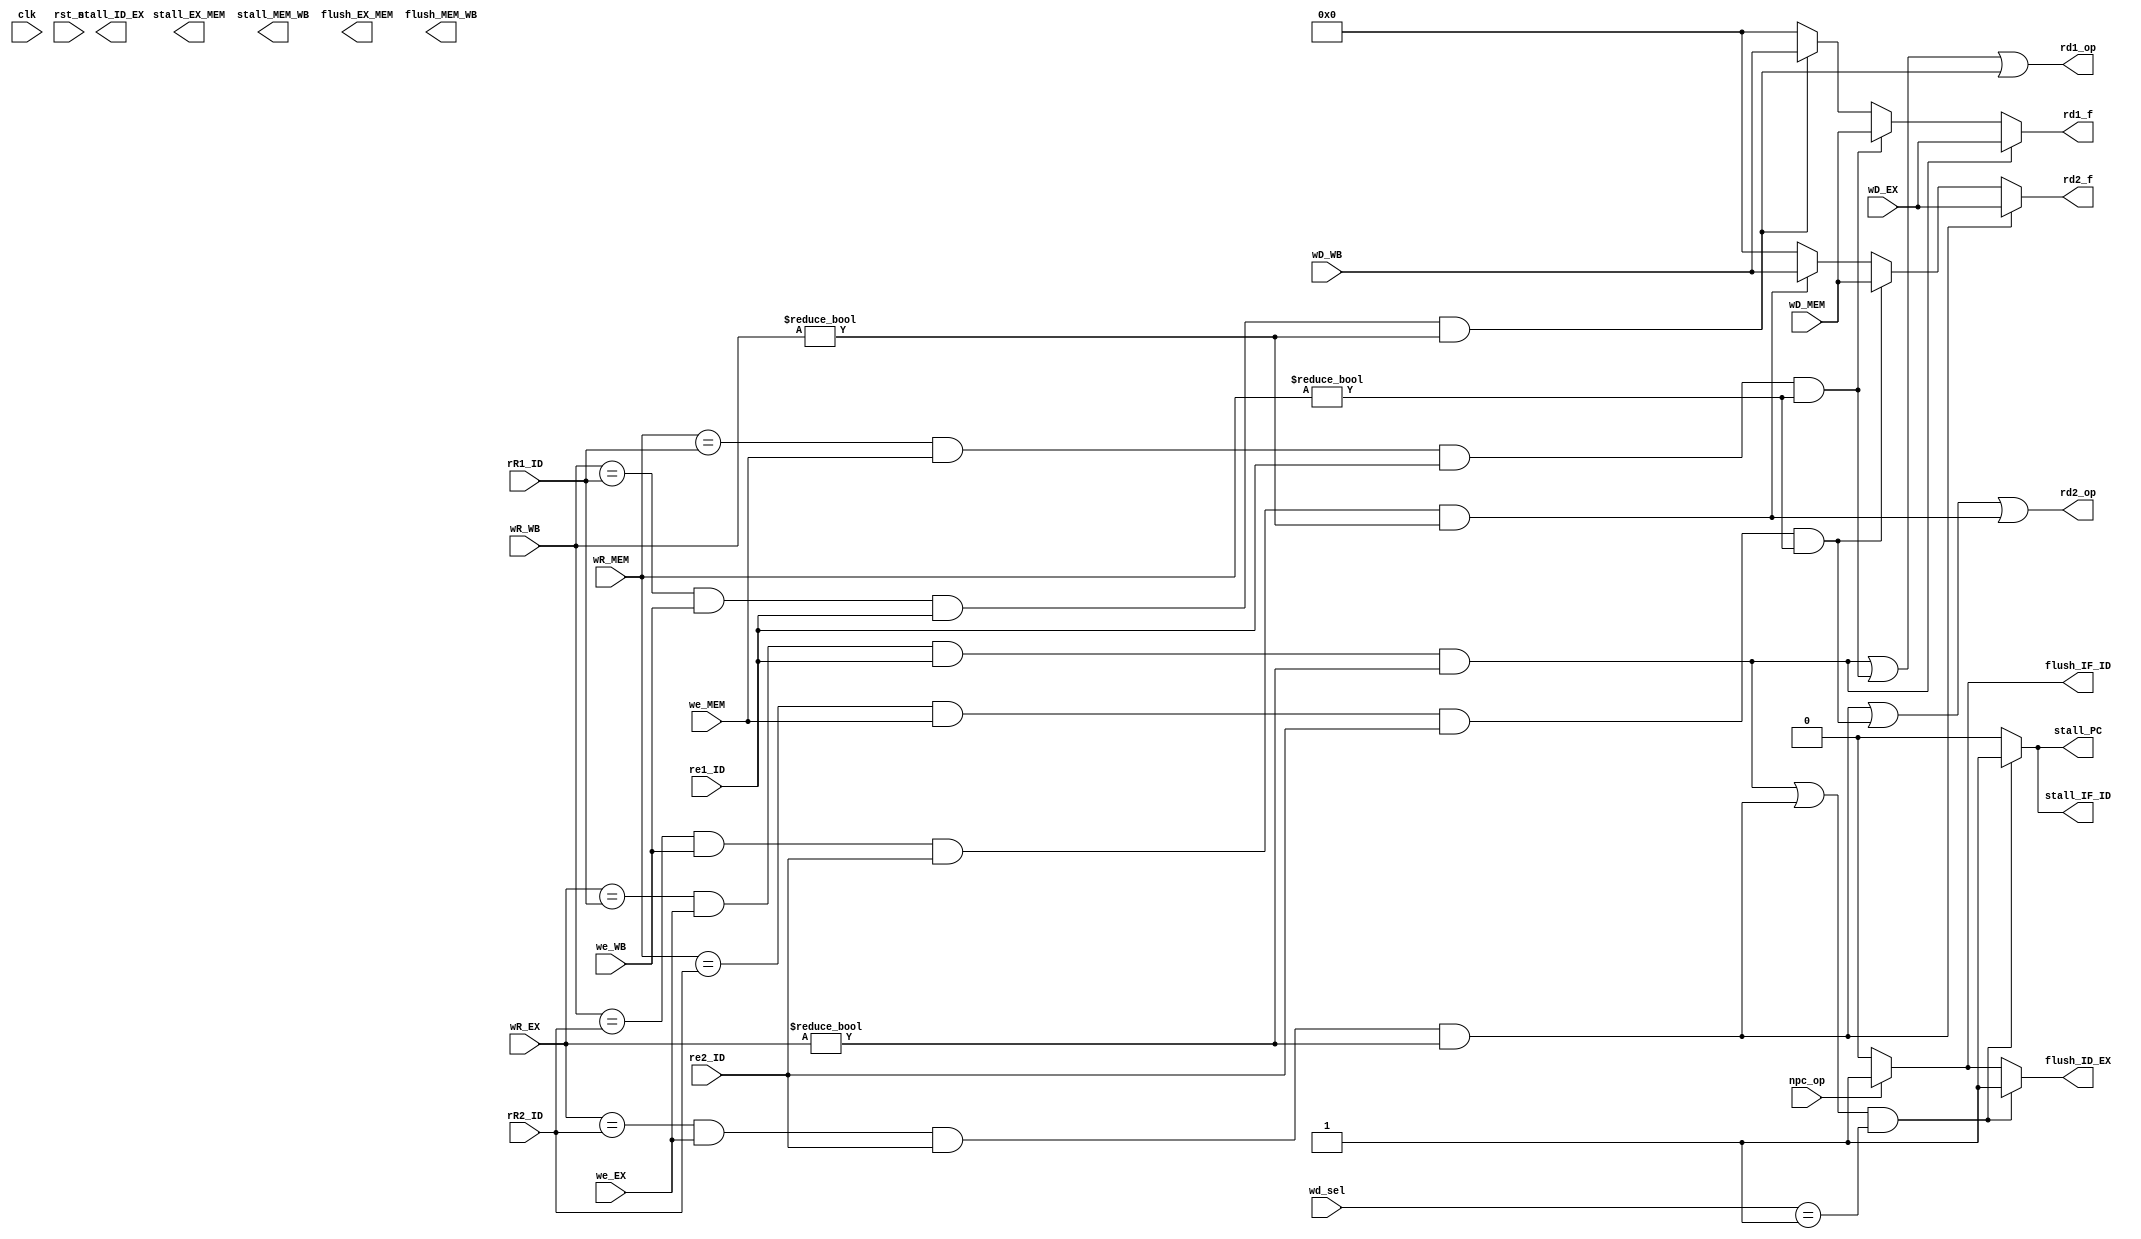

module hzDetect(
    input clk,
    input rst_n,
    
    input [1:0] wd_sel,
    input re1_ID,
    input re2_ID,
    input we_EX,
    input we_MEM,
    input we_WB,
    input [4:0] rR1_ID,
    input [4:0] rR2_ID,
    input [4:0] wR_EX,
    input [4:0] wR_MEM,
    input [4:0] wR_WB,
    input [31:0] wD_EX,
    input [31:0] wD_MEM,
    input [31:0] wD_WB,
    input npc_op,
    
    output reg stall_PC,
    output reg stall_IF_ID,
    output reg stall_ID_EX,
    output reg stall_EX_MEM,
    output reg stall_MEM_WB,
    output reg flush_IF_ID,
    output reg flush_ID_EX,
    output reg flush_EX_MEM,
    output reg flush_MEM_WB,
    output reg [31:0] rd1_f,
    output reg [31:0] rd2_f,
    output rd1_op,
    output rd2_op
    );
    
    wire data_hz1_rd1 = (wR_EX == rR1_ID) & we_EX & re1_ID & (wR_EX != 5'b0);
    wire data_hz1_rd2 = (wR_EX == rR2_ID) & we_EX & re2_ID & (wR_EX != 5'b0);
    wire data_hz2_rd1 = (wR_MEM == rR1_ID) & we_MEM & re1_ID & (wR_MEM != 5'b0);
    wire data_hz2_rd2 = (wR_MEM == rR2_ID) & we_MEM & re2_ID & (wR_MEM != 5'b0);
    wire data_hz3_rd1 = (wR_WB == rR1_ID) & we_WB & re1_ID & (wR_WB != 5'b0);
    wire data_hz3_rd2 = (wR_WB == rR2_ID) & we_WB & re2_ID & (wR_WB != 5'b0);
    assign rd1_op = data_hz1_rd1 | data_hz2_rd1 | data_hz3_rd1;
    assign rd2_op = data_hz1_rd2 | data_hz2_rd2 | data_hz3_rd2;
    always @ (*) begin
        if(data_hz1_rd1)        rd1_f = wD_EX;
        else if(data_hz2_rd1)   rd1_f = wD_MEM;
        else if(data_hz3_rd1)   rd1_f = wD_WB;
        else                    rd1_f = 32'b0;
    end
    always @ (*) begin
        if(data_hz1_rd2)        rd2_f = wD_EX;
        else if(data_hz2_rd2)   rd2_f = wD_MEM;
        else if(data_hz3_rd2)   rd2_f = wD_WB;
        else                    rd2_f = 32'b0;
    end
    
    wire load_use_hz = (data_hz1_rd1 | data_hz1_rd2) & (wd_sel == 2'b01);
    wire control_hz = npc_op;
    always @ (*) begin
        if(load_use_hz) stall_PC = 1'b1;
        else            stall_PC = 1'b0;
    end
    always @ (*) begin
        if(load_use_hz) stall_IF_ID = 1'b1;
        else            stall_IF_ID = 1'b0;
    end
    always @ (*) begin
        if(control_hz)  flush_IF_ID = 1'b1;
        else            flush_IF_ID = 1'b0;
    end
    always @ (*) begin
        if(load_use_hz)     flush_ID_EX = 1'b1;
        else if(control_hz) flush_ID_EX = 1'b1;
        else                flush_ID_EX = 1'b0;
    end

endmodule